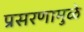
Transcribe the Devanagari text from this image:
प्रसरणामुळे